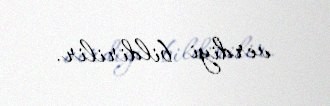
verdiyi bildirilir.